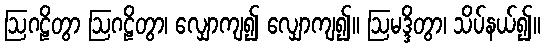
ဩဂဠိတွာ ဩဂဠိတွာ၊ လျှောကျ၍ လျှောကျ၍။ ဩမဒ္ဒိတွာ၊ သိပ်နယ်၍။